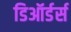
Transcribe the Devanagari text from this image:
डिऑर्डर्स